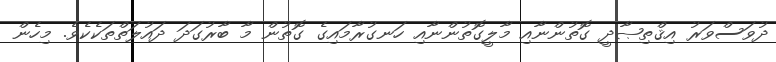
ދުވަސްވަރު އިޤްތިޞާދީ ގޮތުންނާއި މާލީގޮތުންނާއި ހަނގުރާމައިގެ ގޮތުން މާ ބާރުގަދަ ދައުލަތްތަކެކެވެ. މިހެން